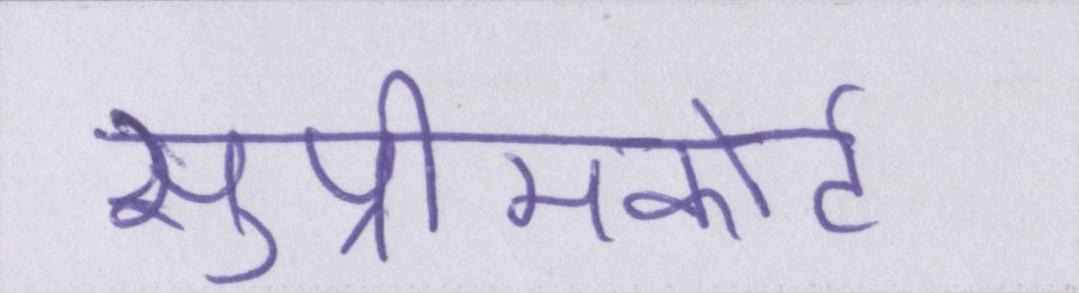
सुप्रीमकोर्ट